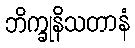
ဘိက္ခုနိသတာနံ